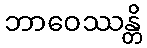
ဘာဝေဿန္တိ